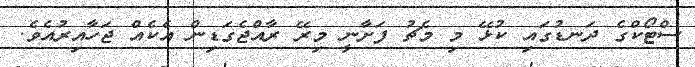
ސްޓޯކްގެ ދަނޑުގައި ކުޅޭ މި މެޗު ފަށާނީ މިރޭ ރާއްޖެގަޑިން އެކެއް ޖަހާއިރުއެވެ.